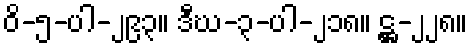
ဝိ-၅-ပါ-၂၉၃။ ဒီဃ-၃-ပါ-၂၁၈။ ဋ္ဌ-၂၂၈။